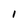
Character: 1